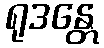
ရုဒန္တေ